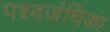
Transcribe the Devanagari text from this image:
पश्वजंघिका